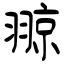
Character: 翞